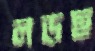
লড়ছ